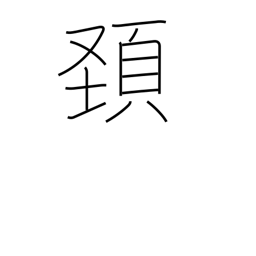
Meaning: head